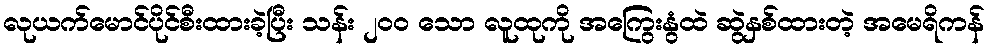
လုယက်မောင်ပိုင်စီးထားခဲ့ပြီး သန်း ၂၀၀ သော လူထုကို အကြွေးနွံထဲ ဆွဲနှစ်ထားတဲ့ အမေရိကန်